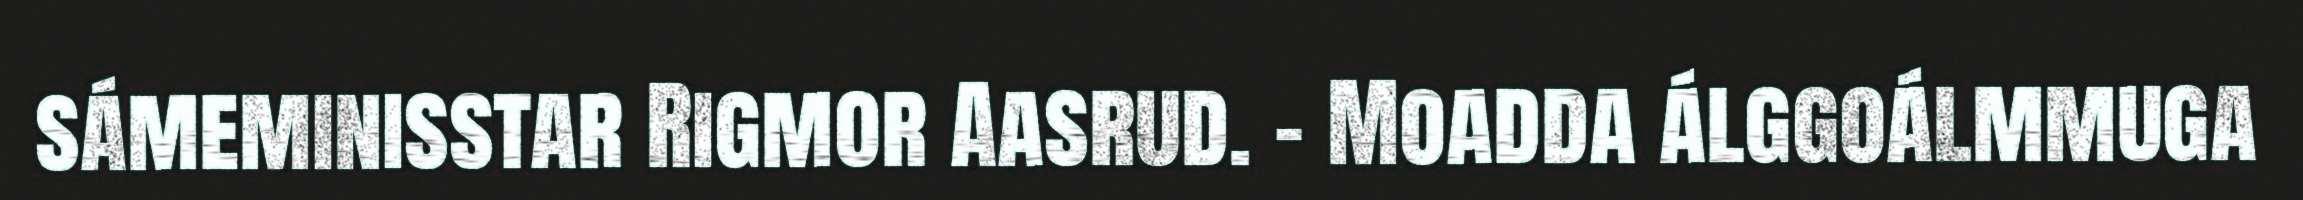
sámeminisstar Rigmor Aasrud. - Moadda álggoálmmuga